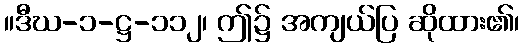
။ဒီဃ-၁-ဋ္ဌ-၁၁၂၊ ဤ၌ အကျယ်ပြ ဆိုထား၏၊